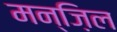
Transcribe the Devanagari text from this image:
मन्ज़िल